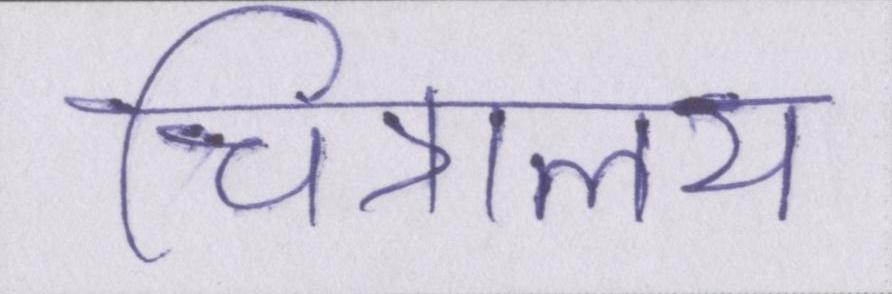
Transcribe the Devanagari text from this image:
चित्रालय